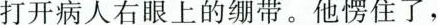
打开病人右眼上的绷带。他愣住了，